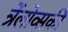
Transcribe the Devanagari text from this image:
त्रेंलोव्सकी